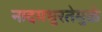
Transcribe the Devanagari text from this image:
नादमधुरतेमुळे